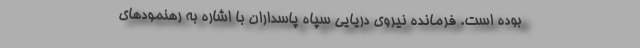
بوده است. فرمانده نیروی دریایی سپاه پاسداران با اشاره به رهنمودهای